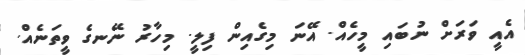
އެއީ ވަރަށް ނުބައި މީހެއް. އޭނަ މިގެއިން ފިލީ. މިހާރު ނޭނގެ ވީތަނެއް.